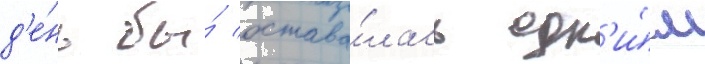
д'е́нь бы́ остава́лась одн'и́м